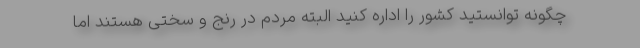
چگونه توانستید کشور را اداره کنید البته مردم در رنج و سختی هستند اما